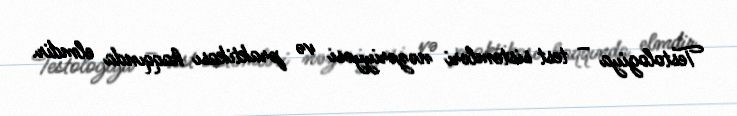
Testologiya – test sistemləri nəzəriyyəsi və praktikası haqqında elmdir.